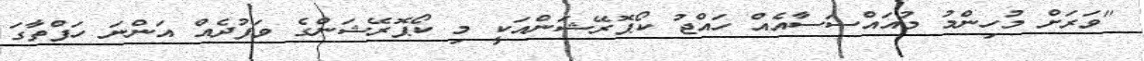
"ވަރަށް މުހިންމު މުއައްސަސާއެއް ހައްޖު ކޯޕޮރޭޝަންއަކީ މި ކޯޕޮރޭޝަންގެ ވަފުދެއް އަންނަ ހަފްތާގަ